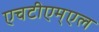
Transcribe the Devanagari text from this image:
एचटीएम्एल